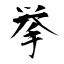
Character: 挙